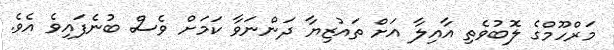
މަރްހޫމްގެ ލޮބުވެތި އާއިލާ އަށް ތައުޒިޔާ ދަންނަވާ ކަމަށް ވެސް ބުނެފައިވެ އެވެ.